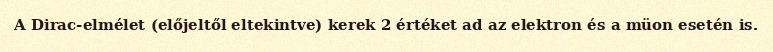
A Dirac-elmélet (előjeltől eltekintve) kerek 2 értéket ad az elektron és a müon esetén is.